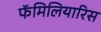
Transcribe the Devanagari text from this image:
फॅमिलियारिस